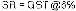
3R = QST @6%